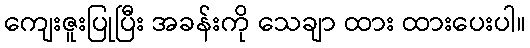
ကျေးဇူးပြုပြီး အခန်းကို သေချာ ထား ထားပေးပါ။